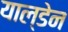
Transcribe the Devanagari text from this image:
याल्डेन